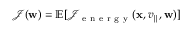
\mathcal { J } ( \mathbf { w } ) = \mathbb { E } [ \mathcal { J } _ { \mathrm { ~ e ~ n ~ e ~ r ~ g ~ y ~ } } ( \mathbf { x } , v _ { \parallel } , \mathbf { w } ) ]